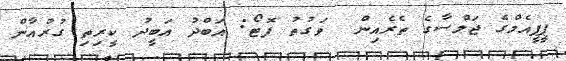
ޕީޕީއެމްގެ ޖަލްސާގެ ތެރެއިން  ވަގުތު ފޮޓޯ: އަބްދު އަބީދު ކީރިތި ގުރުއާން